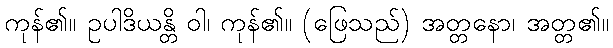
ကုန်၏။ ဥပါဒိယန္တိ ဝါ၊ ကုန်၏။ (ဖြေသည်) အတ္တနော၊ အတ္တ၏။